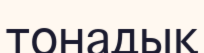
тонадық